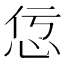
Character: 𢘢